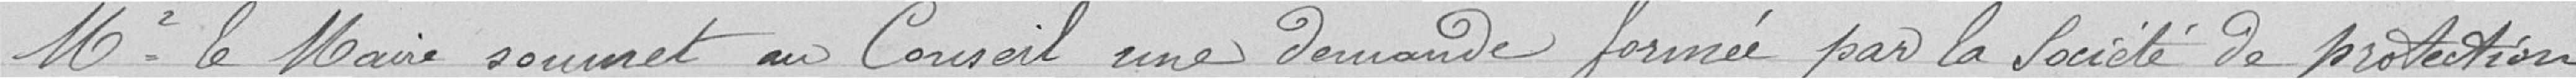
M. le Maire soumet au Conseil une demande formée par la société de protection